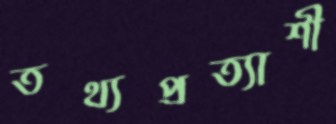
তথ্যপ্রত্যাশী